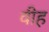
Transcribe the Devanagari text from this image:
वीह